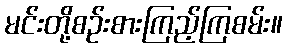
မင်းတို့စဉ်းစားကြည့်ကြစမ်း။